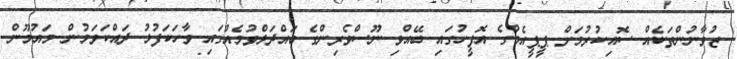
ޒުވާނުންތަކެއް ސޮއިކުރުމަށް ޕީޕީއެމްގެ އޮފީހުގައި ބޭއްވި ނޫސްވެރިންގެ ބައްދަލްވުމެއްގައި ވާހަކަފުޅު ދައްކަވަމުން މައުމޫން